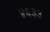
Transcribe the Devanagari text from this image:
४६३३